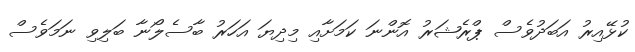
ކުޅޭއިރު އަބަދުވެސް ޕްރެޝަރު އޮންނަ ކަމަށާއި މިދިޔަ އަހަރު ބާސެލޯނާ ބަލިވި ނަމަވެސް